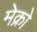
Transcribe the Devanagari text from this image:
मेक्रो